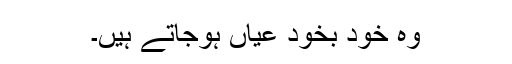
وہ خود بخود عیاں ہوجاتے ہیں۔